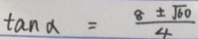
\tan \alpha = \frac { 8 \pm \sqrt { 6 0 } } { 4 }